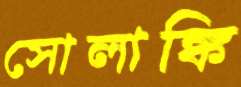
সোলাঙ্কি